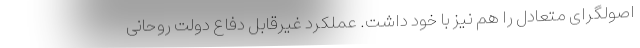
اصولگرای متعادل را هم نیز با خود داشت. عملکرد غیرقابل دفاع دولت روحانی